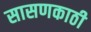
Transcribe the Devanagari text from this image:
सासणकाठी